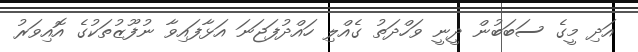
އަދި މީގެ ސަބަބުން ދީނީ ވަހްދަތު ގެއްލި ހައްދުފަޖަނަ އަޅާފައިވާ ނުފޫޒުތަކުގެ އޮއިވަރު